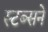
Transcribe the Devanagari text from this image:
स्टब्सने